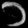
Digit: ၁